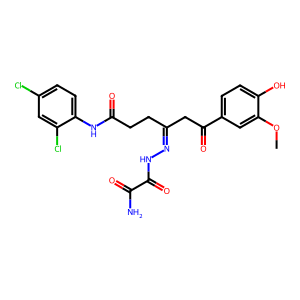
SMILES: COc1cc(C(=O)CC(CCC(=O)Nc2ccc(Cl)cc2Cl)=NNC(=O)C(N)=O)ccc1O
Inhibits HIV replication: No